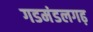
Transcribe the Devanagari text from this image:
गडमंडलगढ़